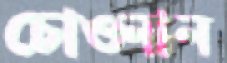
চোওনান